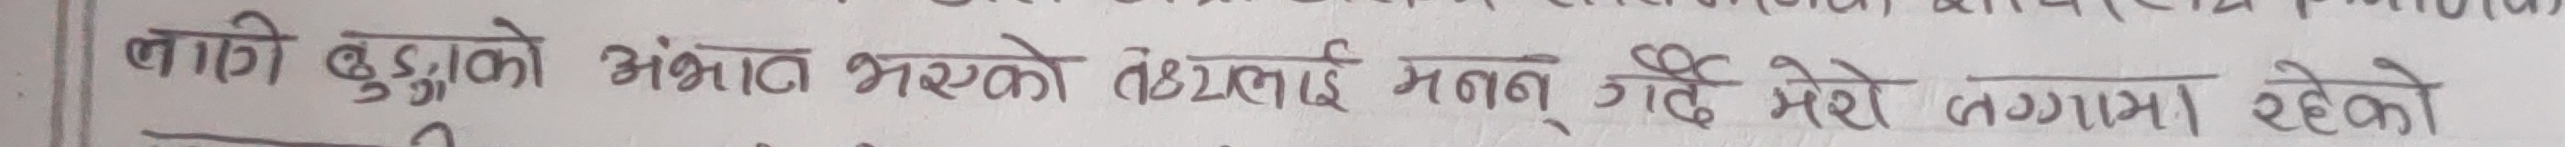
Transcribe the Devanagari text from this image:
लागि बुढुल्को अंशात भएको तेह्राइ मनन गर्दै मेरो लगानी रहेको